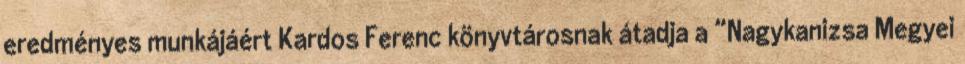
eredményes munkájáért Kardos Ferenc könyvtárosnak átadja a “Nagykanizsa Megyei